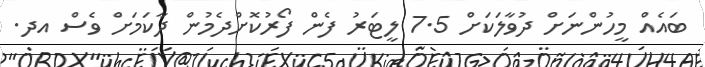
ބައެއް މީހުންނަށް ދުވާލަކަށް 7.5 ލީޓަރު ފެން ފޯރުކޮށްދެމުން ދާކަމަށް ވެސް އދ.